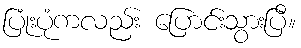
ပြုံးပုံကလည်း ပြောင်းသွားပြီ။